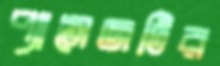
প্যাসেজটির